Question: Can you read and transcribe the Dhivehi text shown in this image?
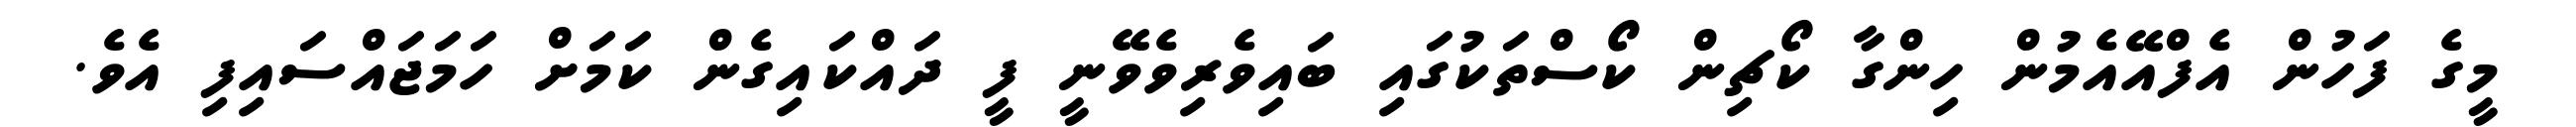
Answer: މީގެ ފަހުން އެފްއޭއެމުން ހިންގާ ކޯޗިން ކޯސްތަކުގައި ބައިވެރިވެވޭނީ ފީ ދައްކައިގެން ކަމަށް ހަމަޖައްސައިފި އެވެ.